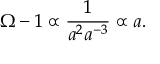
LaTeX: \Omega - 1 \propto \frac { 1 } { a ^ { 2 } a ^ { - 3 } } \propto a .